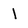
Character: 1